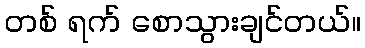
တစ် ရက် စောသွားချင်တယ်။